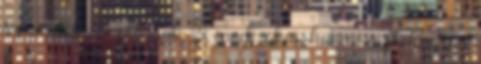
szaporodó « plazzak » ennek okai, hanem a pléhlavina